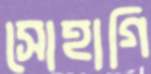
সোহাগি